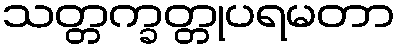
သတ္တက္ခတ္တုပရမတာ